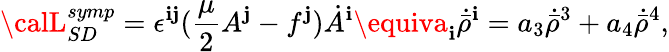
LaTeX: {\calL}_{SD}^{symp}=\epsilon^{\mathbf{i}\mathbf{j}}({\frac{{\mu}}{{2}}}A^{\mathbf{j}}-f^{\mathbf{j}})\dot{{A}}^{\mathbf{i}}\equiva_{\mathbf{i}}\dot{{\bar{{\rho}}}}^{\mathbf{i}}=a_{3}\dot{{\bar{{\rho}}}}^{3}+a_{4}\dot{{\bar{{\rho}}}}^{4},